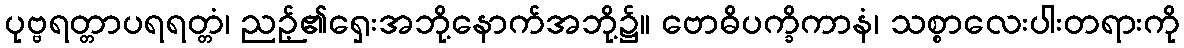
ပုဗ္ဗရတ္တာပရရတ္တံ၊ ညဉ့်၏ရှေးအဘို့နောက်အဘို့၌။ ဗောဓိပက္ခိကာနံ၊ သစ္စာလေးပါးတရားကို